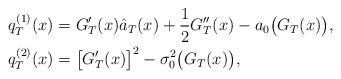
LaTeX: \begin{align*}q_T^{(1)}(x)&=G_T'(x)\hat{a}_T(x)+\frac{1}{2}G_T''(x)-a_0\bigl(G_T(x) \bigr),\\q_T^{(2)}(x)&= \bigl[G_T'(x)\bigr]^2- \sigma_0^2 \bigl(G_T(x)\bigr),\end{align*}